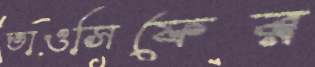
তাওসিফের